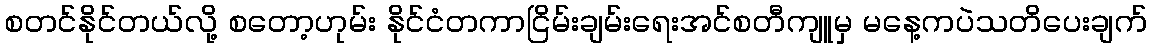
စတင်နိုင်တယ်လို့ စတော့ဟုမ်း နိုင်ငံတကာငြိမ်းချမ်းရေးအင်စတီကျူမှ မနေ့ကပဲသတိပေးချက်